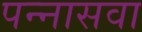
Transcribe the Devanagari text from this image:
पन्नासवा